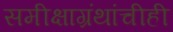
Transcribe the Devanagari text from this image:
समीक्षाग्रंथांचीही